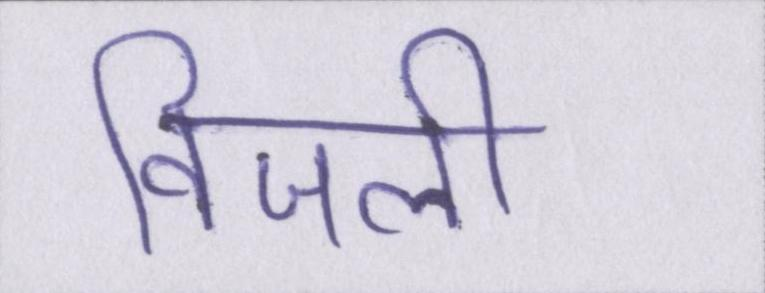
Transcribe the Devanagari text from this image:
विजली